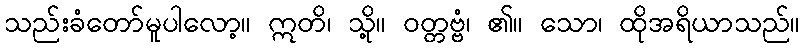
သည်းခံတော်မူပါလော့။ ဣတိ၊ သို့။ ဝတ္တဗ္ဗံ၊ ၏။ သော၊ ထိုအရိယာသည်။